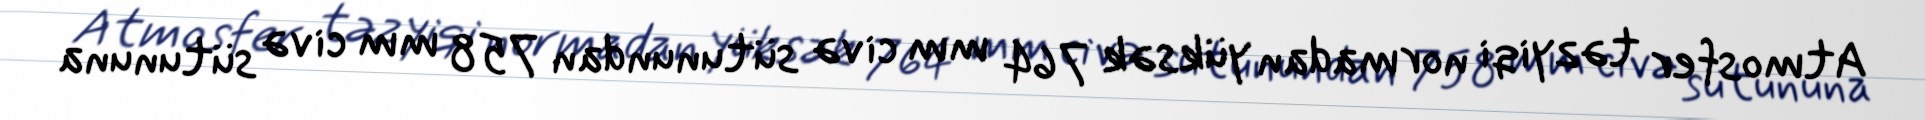
Atmosfer təzyiqi normadan yüksək 764 mm civə sütunundan 758 mm civə sütununa